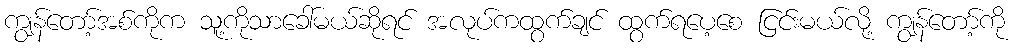
ကျွန်တော့်အစ်ကိုက သူ့ကိုသာခေါ်မယ်ဆိုရင် အလုပ်ကထွက်ချင် ထွက်ရပေ့စေ ငြင်းမယ်လို့ ကျွန်တော့်ကို